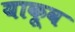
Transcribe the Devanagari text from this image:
याकूव